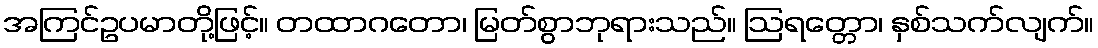
အကြင်ဥပမာတို့ဖြင့်။ တထာဂတော၊ မြတ်စွာဘုရားသည်။ ဩရတ္တော၊ နှစ်သက်လျက်။